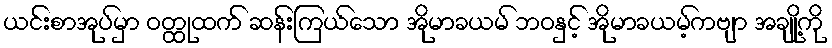
ယင်းစာအုပ်မှာ ဝတ္ထုထက် ဆန်းကြယ်သော အိုမာခယမ် ဘဝနှင့် အိုမာခယမ့်ကဗျာ အချို့ကို